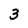
Character: 3